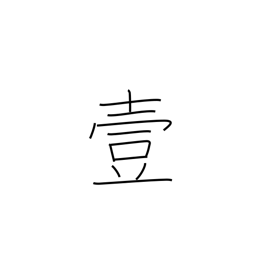
Meaning: number one